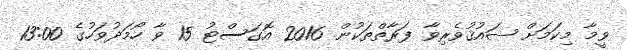
ވީމާ މިކަމަށް ޝައުޤުވެރިވާ ފަރާތްތަކުން 2016 އޮގަސްޓު 15 ވާ ހޯމަދުވަހުގެ 13:00